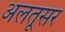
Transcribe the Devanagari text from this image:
अलतूसर